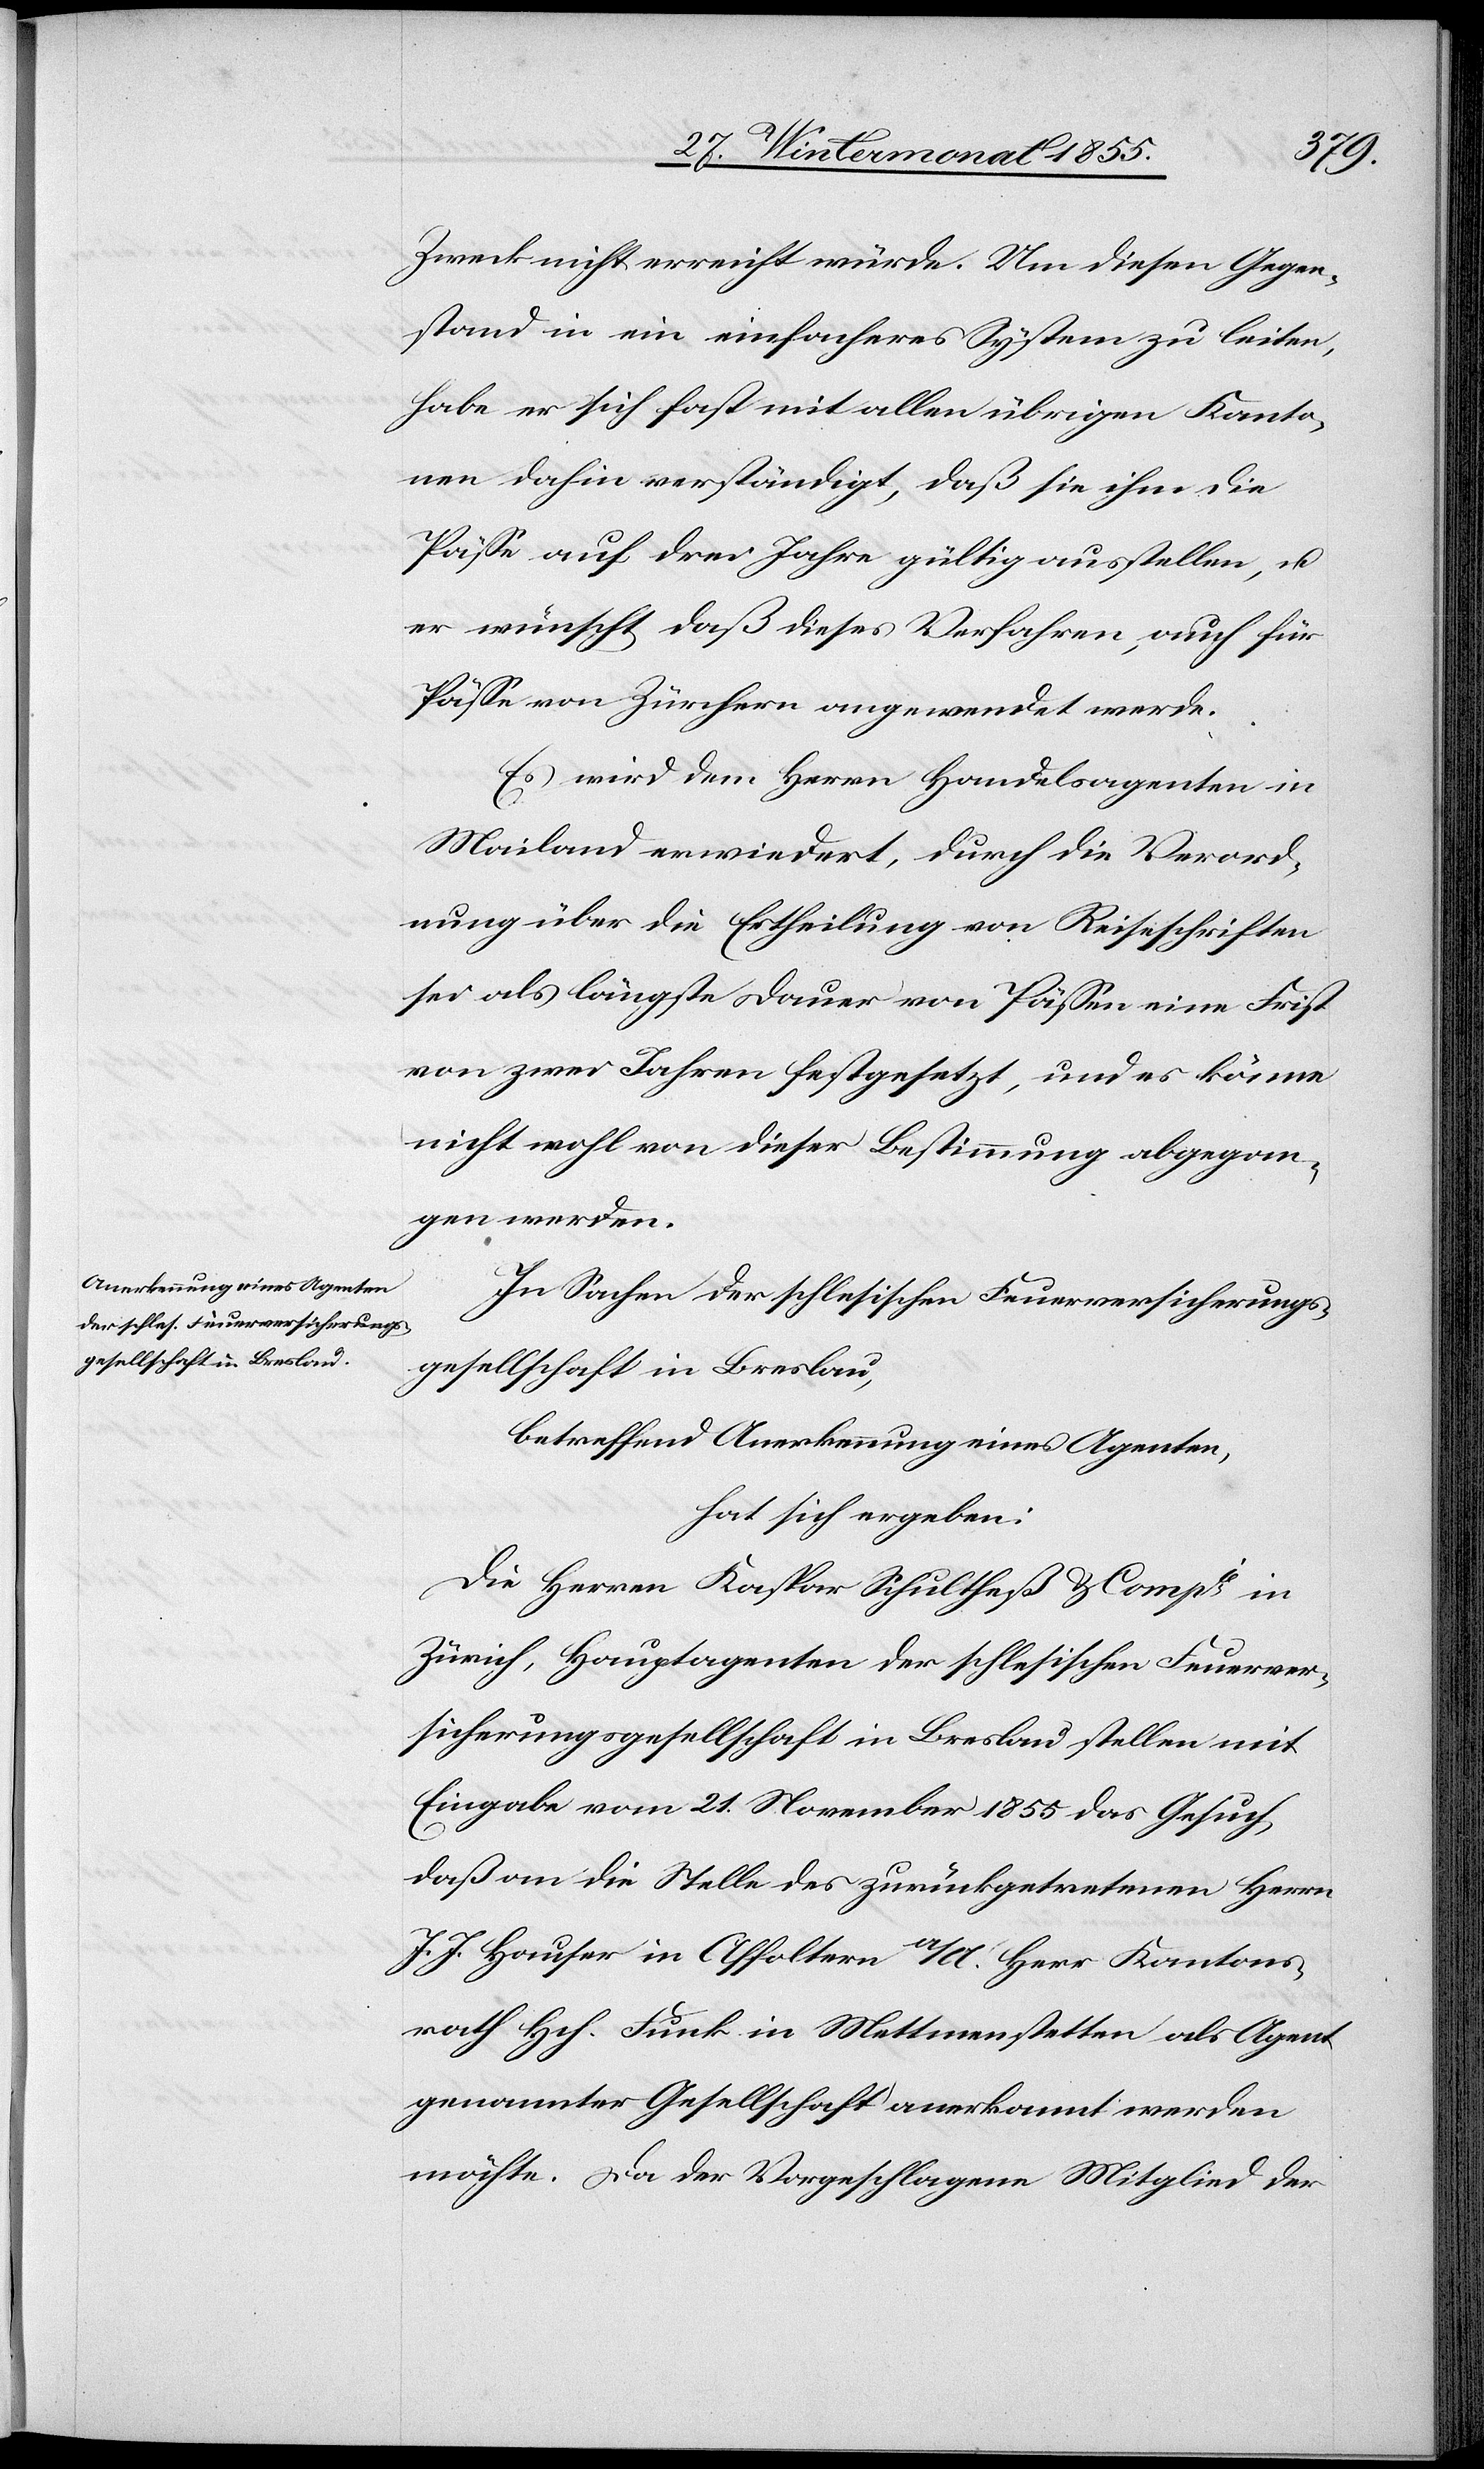
Zweck nicht erreicht würde. Um diesen Gegen¬
stand in ein einfacheres System zu leiten,
habe er sich fast mit allen übrigen Kanto¬
nen dahin verständigt, daß sie ihm die
Pässe auf drei Jahre gültig ausstellen, u.
er wünscht daß dieses Verfahren, auch für
Pässe von Zürchern angewendet werde.
Es wird dem Herrn Handelsagenten in
Mailand erwiedert, durch die Verord¬
nung über die Ertheilung von Reiseschriften
sei als längste Dauer von Pässen eine Frist
von zwei Jahren festgesetzt, und es könne
nicht wohl von dieser Bestimmung abgegan¬
gen werden.
In Sachen der schlesischen Feuerversicherungs¬
gesellschaft in Breslau,
betreffend Anerkennung eines Agenten,
hat sich ergeben:
Die Herren Kaspar Schultheß & Compie in
Zürich, Hauptagenten der schlesischen Feuerver¬
sicherungsgesellschaft in Breslau stellen mit
Eingabe vom 21. November 1855 das Gesuch,
daß an die Stelle des zurückgetretenen Herrn
J. J. Hauser in Affoltern a/A. Herr Kantons¬
rath Hch. Funk in Mettmenstetten als Agent
genannter Gesellschaft anerkannt werden
möchte. Da der Vorgeschlagene Mitglied der